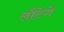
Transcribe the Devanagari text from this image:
लौटेंगें